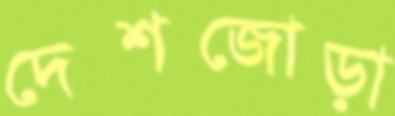
দেশজোড়া